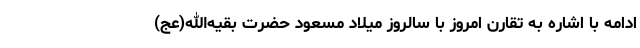
ادامه با اشاره به تقارن امروز با سالروز میلاد مسعود حضرت بقیه‌الله(عج)